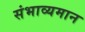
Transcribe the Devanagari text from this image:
संभाव्यमान